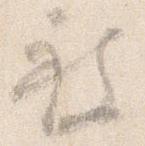
被